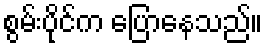
စွမ်းပိုင်က ပြောနေသည်။